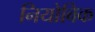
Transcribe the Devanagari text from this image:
नियोबिक